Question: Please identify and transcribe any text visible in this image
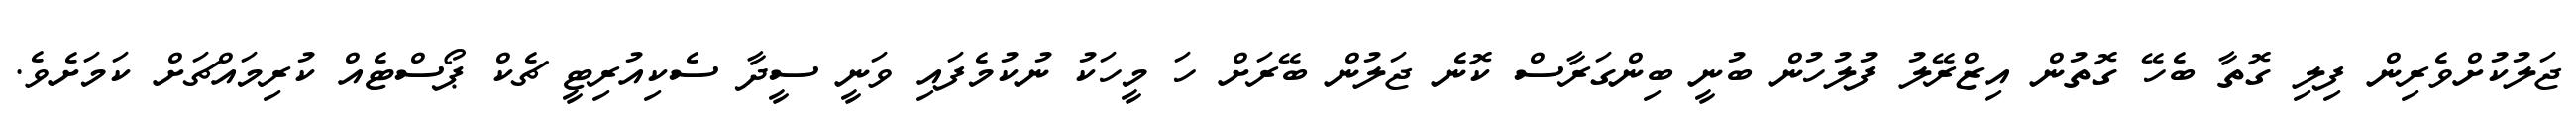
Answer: ޖަލުކުށްވެރިން ފިލި ގޮތާ ބެހޭ ގޮތުން އިޒްރޭލު ފުލުހުން ބުނީ ބިންގަރާސް ކޮނެ ޖަލުން ބޭރަށް ހަ މީހަކު ނުކުމެފައި ވަނީ ސީދާ ސެކިއުރިޓީ ޗެކް ޕޯސްޓެއް ކުރިމައްޗަށް ކަމަށެވެ.